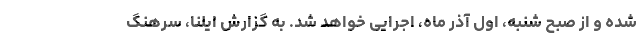
شده و از صبح شنبه، اول آذر ماه، اجرایی خواهد شد. به گزارش ایلنا، سرهنگ